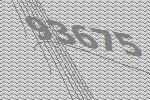
93675